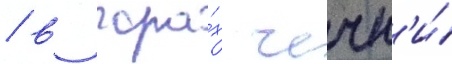
/ в гора́х чечн'и́